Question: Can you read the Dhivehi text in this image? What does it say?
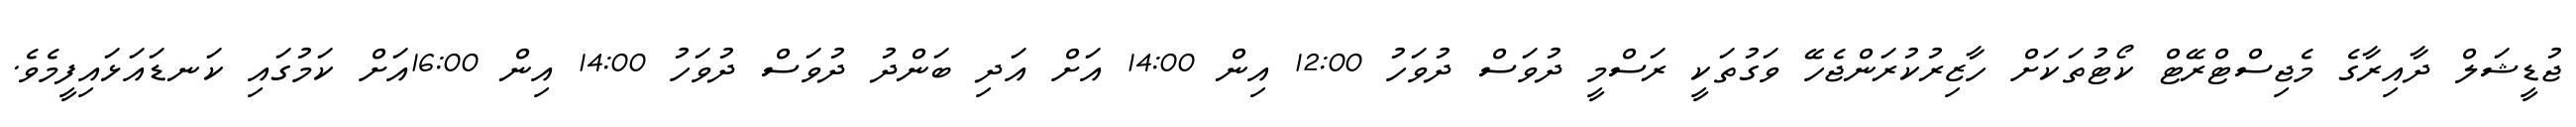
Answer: ޖުޑީޝަލް ދާއިރާގެ މެޖިސްޓްރޭޓް ކޯޓުތަކަށް ހާޒިރުކުރަންޖެހޭ ވަގުތަކީ ރަސްމީ ދުވަސް ދުވަހު 12:00 އިން 14:00 އަށް އަދި ބަންދު ދުވަސް ދުވަހު 14:00 އިން 16:00އަށް ކަމުގައި ކަނޑައަޅައިފީމެވެ.